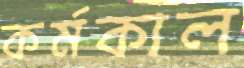
কর্মকাল